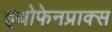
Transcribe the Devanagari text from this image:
इथोफेनप्राक्‍स